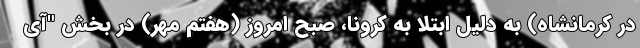
در کرمانشاه) به دلیل ابتلا به کرونا، صبح امروز (هفتم مهر) در بخش "آی